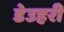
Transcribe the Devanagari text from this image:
डेउहरी